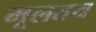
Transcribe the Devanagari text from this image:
मूलतय